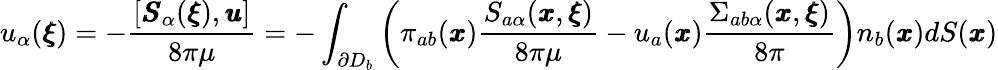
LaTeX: u_{\alpha}({\pmb\xi})=-\frac{[{\pmb S}_{\alpha}({\pmb\xi}),{\pmb u}]}{8\pi\mu}=-\int_{\partial D_{b}}{\bigg(}\pi_{ab}({\pmb x})\frac{S_{a\alpha}({\pmb x},{\pmb\xi})}{8\pi\mu}-u_{a}({\pmb x})\frac{\Sigma_{ab\alpha}({\pmb x},{\pmb\xi})}{8\pi}{\bigg)}n_{b}({\pmb x})dS({\pmb x})